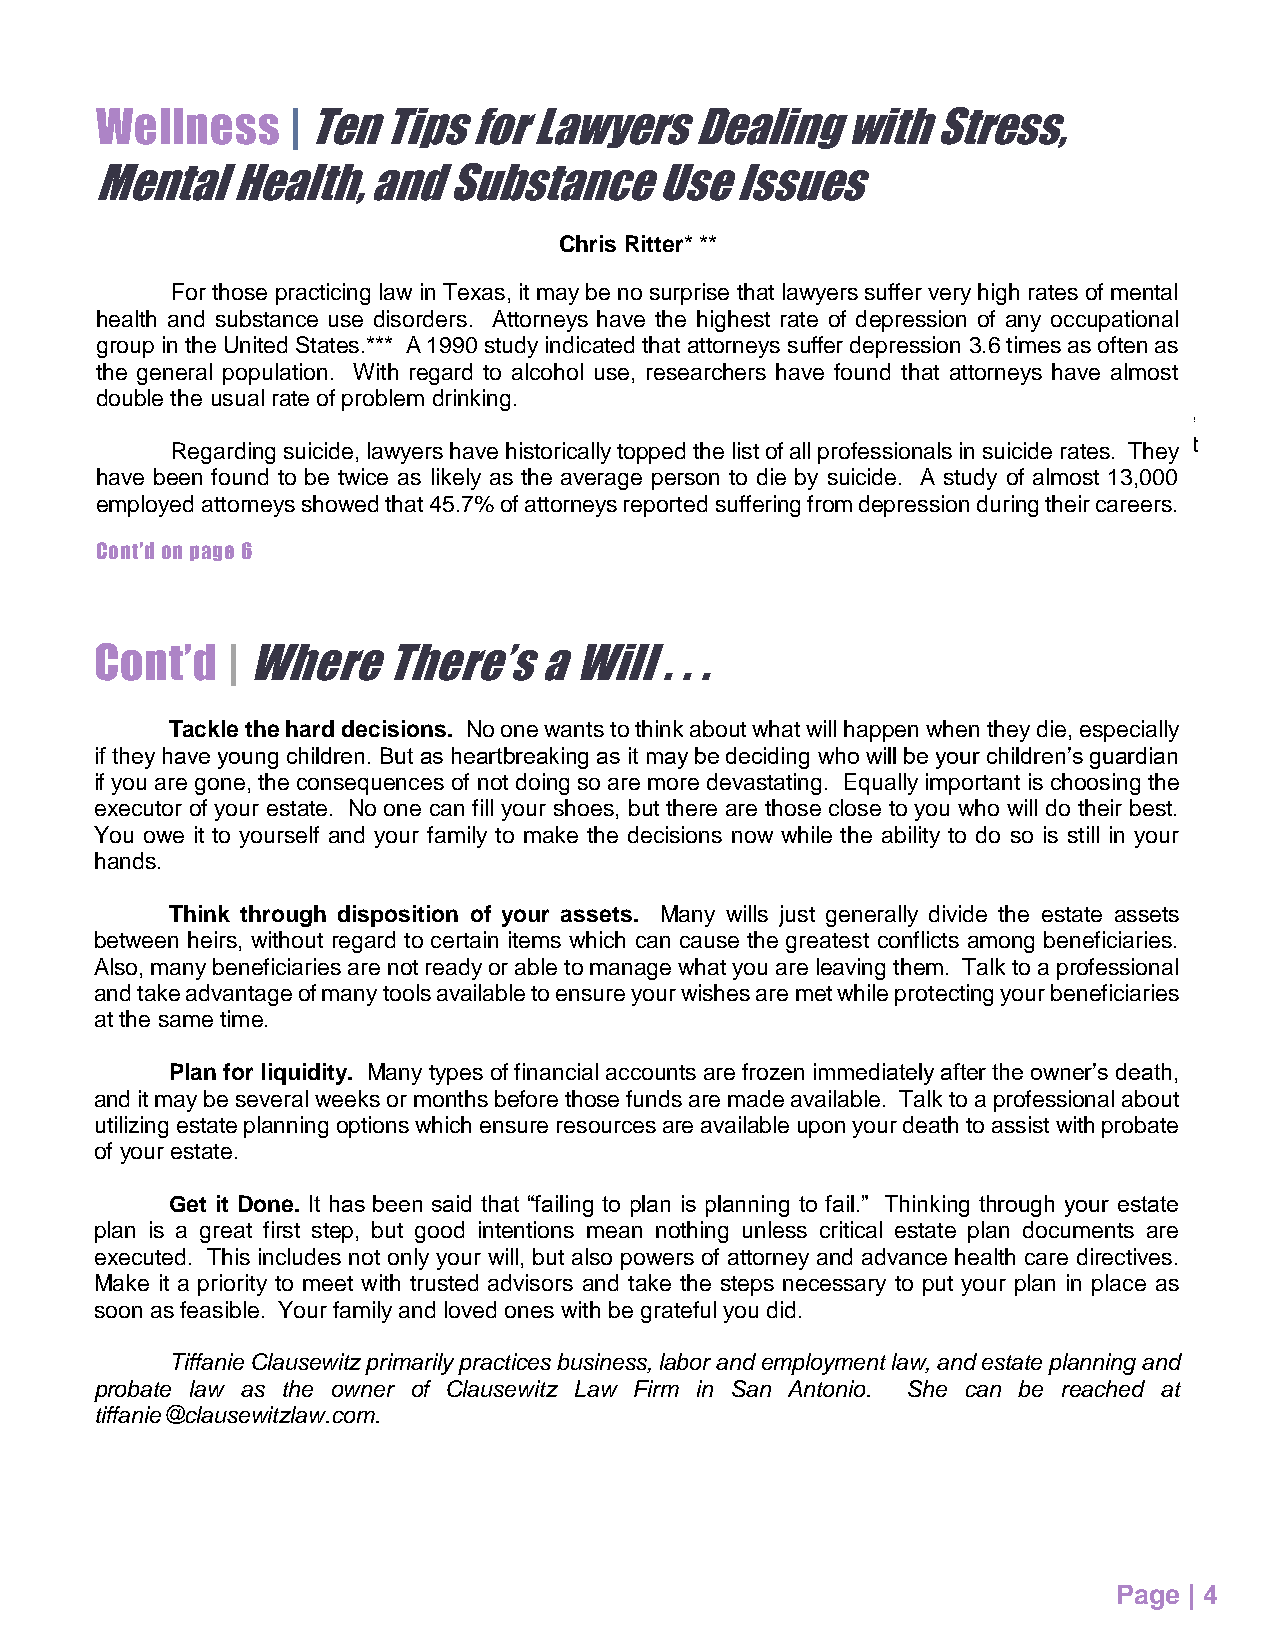
Legal   Mojo   | Where   There’s    a Will  . . .
 Wellness     | Ten Tips  for Lawyers    Dealing   with  Stress,
 Wisdom     for  Women     About   Estate   Planning
 Mental   Health,   and  Substance     Use  Issues
 Tiffanie Clausewitz*
 Chris Ritter* **
 Historically, estate planning has been a “man’s” issue. Back in the day, men incorporated tools in their estate
 For those practicing law in Texas, it may be no surprise that lawyers suffer very high rates of mental
 plans intended to “protect” the women in their lives; that protection usually involved having others manage the
 health and substance use disorders. Attorneys have the highest rate of depression of any occupational
 women’s money!
 group in the United States.*** A 1990 study indicated that attorneys suffer depression 3.6 times as often as
 the general population. With regard to alcohol use, researchers have found that attorneys have almost
 Recent surveys reveal the majority of Americans do not have any estate plan in place. I continue to be
 double the usual rate of problem drinking.
 surprised every time I learn of our colleagues in the legal profession who are part of that majority. While estate
 plans for important for everyone, today more than ever it is critical women formulate estate plans which protect
 Regarding suicide, lawyers have historically topped the list of all professionals in suicide rates. They
 their assets and their families. Why? Consider the following:
 have been found to be twice as likely as the average person to die by suicide. A study of almost 13,000
 employed attorneys showed that 45.7% of attorneys reported suffering from depression during their careers.
 Women tend to live longer than men.
 afCteorn tth’de o n page 6
 Cont’d   | Where    There’s   a Will  . . .
 Tackle the hard decisions. No one wants to think about what will happen when they die, especially
 if they have young children. But as heartbreaking as it may be deciding who will be your children’s guardian
 if you are gone, the consequences of not doing so are more devastating. Equally important is choosing the
 executor of your estate. No one can fill your shoes, but there are those close to you who will do their best.
 You owe it to yourself and your family to make the decisions now while the ability to do so is still in your
 hands.
 Think through disposition of your assets. Many wills just generally divide the estate assets
 between heirs, without regard to certain items which can cause the greatest conflicts among beneficiaries.
 Also, many beneficiaries are not ready or able to manage what you are leaving them. Talk to a professional
 and take advantage of many tools available to ensure your wishes are met while protecting your beneficiaries
 at the same time.
 Plan for liquidity. Many types of financial accounts are frozen immediately after the owner’s death,
 and it may be several weeks or months before those funds are made available. Talk to a professional about
 utilizing estate planning options which ensure resources are available upon your death to assist with probate
 of your estate.
 Get it Done. It has been said that “failing to plan is planning to fail.” Thinking through your estate
 plan is a great first step, but good intentions mean nothing unless critical estate plan documents are
 executed. This includes not only your will, but also powers of attorney and advance health care directives.
 Make it a priority to meet with trusted advisors and take the steps necessary to put your plan in place as
 soon as feasible. Your family and loved ones with be grateful you did.
 Tiffanie Clausewitz primarily practices business, labor and employment law, and estate planning and
 probate law as the owner of Clausewitz Law Firm in San Antonio. She can be reached at
 tiffanie@clausewitzlaw.com.
 Page | 4